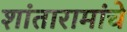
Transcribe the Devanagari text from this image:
शांतारामांचे